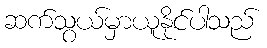
ဆက်သွယ်မှာယူနိုင်ပါသည်